Vaccine operations Central Provinces 1886-1899 - 1886-1899
Year: 1886
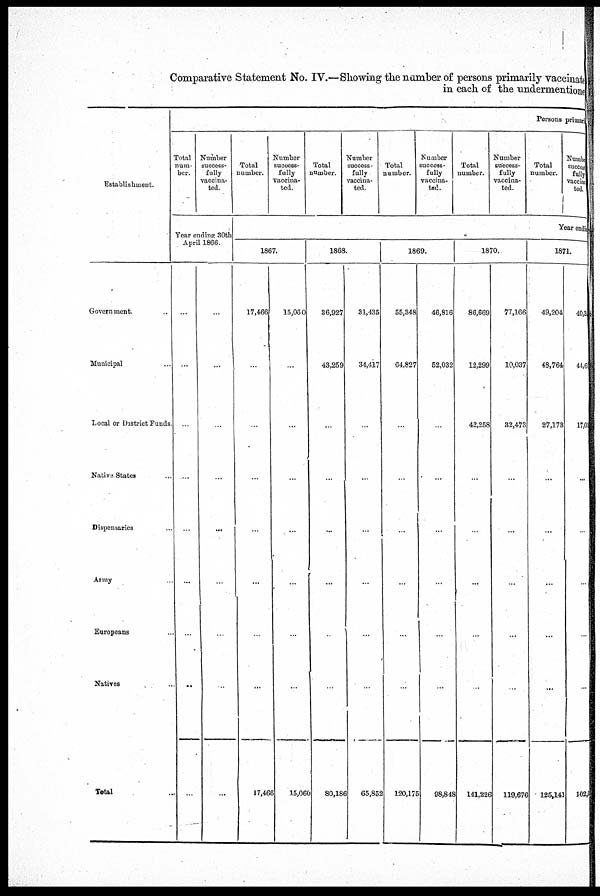
Comparative Statement No. IV.—Showing the number of persons primarily vaccinated
in each of the undermentioned
Establishment.
Government. ...
Municipal ...
Local or District Funds.
Native States ...
Dispensaries ...
Army ...
Europeans ...
Natives ...
Total ...
Persons primary
Total
num-
ber.
Number
success-
fully
vaccina-
ted.
Year ending 30th
April 1866.
...
...
...
....
...
...
...
...
...
...
...
...
...
...
...
...
...
...
Total
number.
Number
success¬
fully
vaccina¬
ted.
Total
number.
Number
success-
fully
vaccina-
ted.
Total
number.
Number
success-
fully
vaccina-
ted.
Total
number.
Number
success-
fully
vaccina-
ted.
Total
number.
Number
success¬
fully
vaccina¬
ted.
Year ending
1867.
17,466
...
...
...
...
...
...
...
17,466
15,060
...
...
...
...
...
...
...
15,060
1868.
36,927
43,259
...
...
...
...
...
...
80,186
31,435
34,417
...
...
...
...
...
...
65,852
1869.
55,348
64,827
...
...
...
...
...
...
120,175
46,816
52,032
...
...
...
...
...
...
98,848
1870.
86,669
12,299
42,258
...
...
...
...
...
141,226
77,166
10,037
32,473
...
...
...
...
...
119,676
1871.
49,204
48,764
27,173
...
...
...
...
...
125,141
40,32
44,60
17,03
...
...
...
...
...
102,06